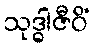
သုဒ္ဓါဇီဝိံ